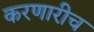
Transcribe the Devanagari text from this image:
करणारीच